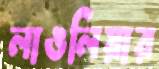
লাঙলিয়ার